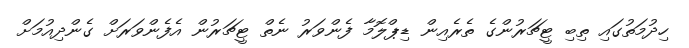
ހިދުމަތުގައި ތިބި ޓީޗަރުންގެ ތެރެއިން ޑިޕްލޮމާ ފެންވަރު ނެތް ޓީޗަރުން އެފެންވަރަށް ގެންދިއުމަށް